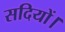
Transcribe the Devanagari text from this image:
सदियों।